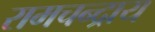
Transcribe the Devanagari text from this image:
रामचन्द्राय